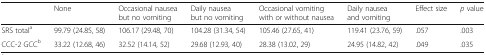
<table><thead><tr><td></td><td><b>None</b></td><td><b>Occasional nausea but no vomiting</b></td><td><b>Daily nausea but no vomiting</b></td><td><b>Occasional vomiting with or without nausea</b></td><td><b>Daily nausea and vomiting</b></td><td><b>Effect size</b></td><td><b><i>p</i> value</b></td></tr></thead><tbody><tr><td>SRS total<sup>a</sup></td><td>99.79 (24.85, 58)</td><td>106.17 (29.48, 70)</td><td>104.28 (31.34, 54)</td><td>105.46 (27.65, 41)</td><td>119.41 (23.76, 59)</td><td>.057</td><td>.003</td></tr><tr><td>CCC-2 GCC<sup>b</sup></td><td>33.22 (12.68, 46)</td><td>32.52 (14.14, 52)</td><td>29.68 (12.93, 40)</td><td>28.38 (13.02, 29)</td><td>24.95 (14.82, 42)</td><td>.049</td><td>.035</td></tr></tbody></table>